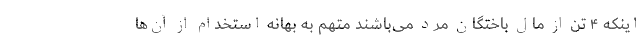
اینکه ۴ تن از مال باختگان مرد می‌باشند متهم به بهانه استخدام از آن‌ها